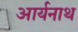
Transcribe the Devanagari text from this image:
आर्यनाथ